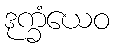
ဒုက္ခံယေဝ